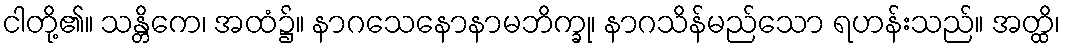
ငါတို့၏။ သန္တိကေ၊ အထံ၌။ နာဂသေနောနာမဘိက္ခု၊ နာဂသိန်မည်သော ရဟန်းသည်။ အတ္ထိ၊